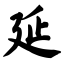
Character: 延